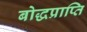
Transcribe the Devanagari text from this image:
बोद्धप्राप्ति